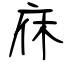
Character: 庥